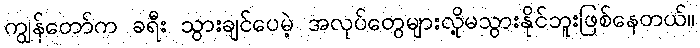
ကျွန်တော်က ခရီး သွားချင်ပေမဲ့ အလုပ်တွေများလို့မသွားနိုင်ဘူးဖြစ်နေတယ်။